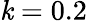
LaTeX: \mathit{k}=0.2